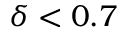
\delta < 0 . 7